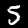
Label: 5